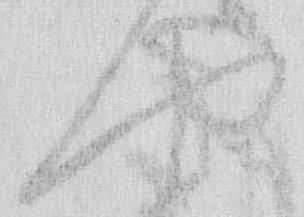
や